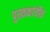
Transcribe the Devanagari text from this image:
पुस्तकांचीच